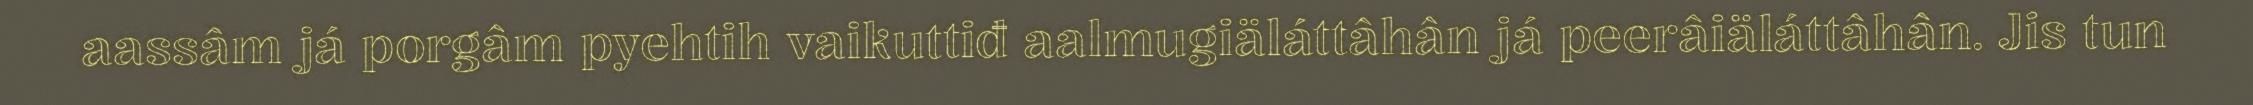
aassâm já porgâm pyehtih vaikuttiđ aalmugiäláttâhân já peerâiäláttâhân. Jis tun